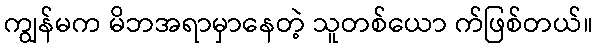
ကျွန်မက မိဘအရာမှာနေတဲ့ သူတစ်ယော က်ဖြစ်တယ်။